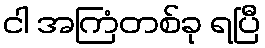
ငါ အကြံတစ်ခု ရပြီ